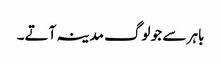
باہر سے جو لوگ مدینہ آتے۔